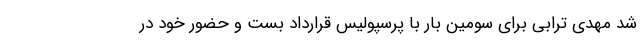
شد مهدی ترابی برای سومین بار با پرسپولیس قرارداد بست و حضور خود در